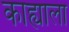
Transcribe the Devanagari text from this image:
काह्याला